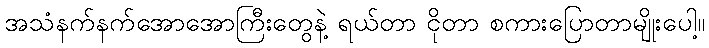
အသံနက်နက်အောအောကြီးတွေနဲ့ ရယ်တာ ငိုတာ စကားပြောတာမျိုးပေါ့။